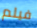
فيلم